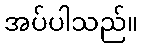
အပ်ပါသည်။